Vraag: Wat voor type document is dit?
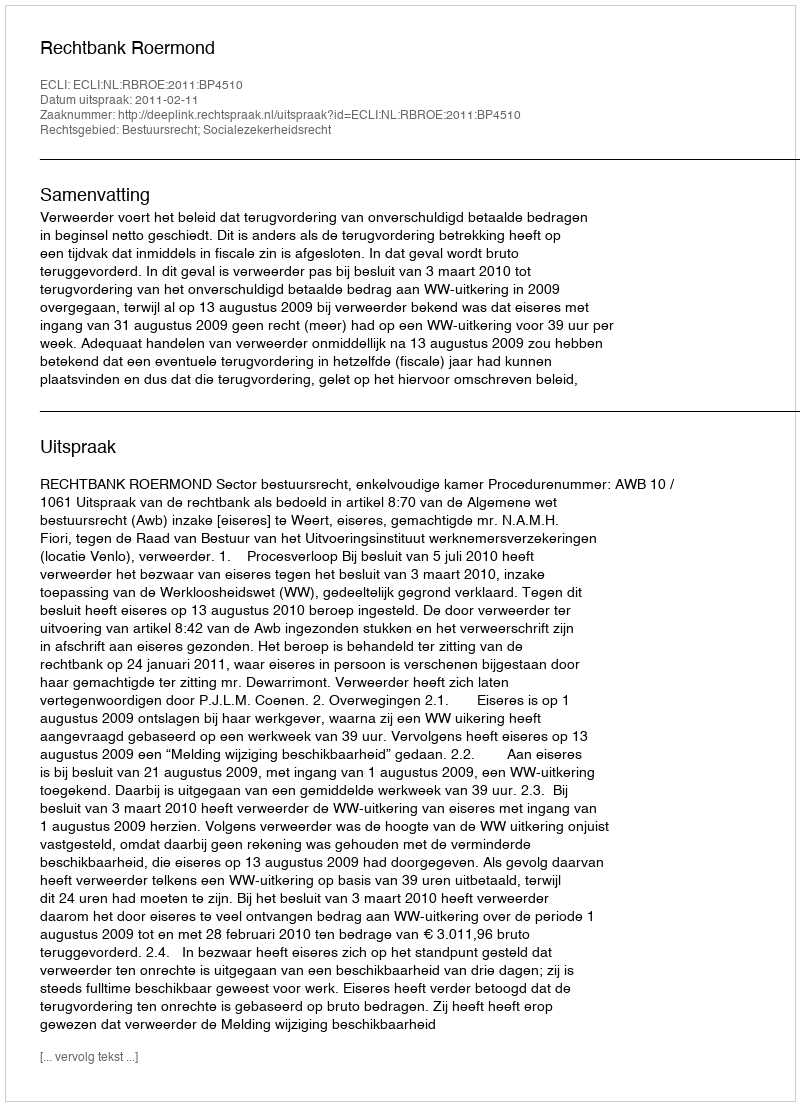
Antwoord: Uitspraak